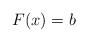
LaTeX: \begin{align*}F(x)=b\end{align*}